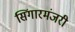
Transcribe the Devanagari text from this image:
सिंगारमंजरी